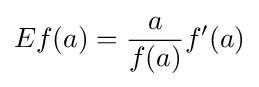
Ef(a)={\frac {a}{f(a)}}f'(a)